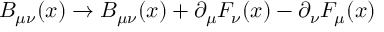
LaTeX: B _ { \mu \nu } ( x ) \rightarrow B _ { \mu \nu } ( x ) + \partial _ { \mu } F _ { \nu } ( x ) - \partial _ { \nu } F _ { \mu } ( x )